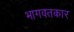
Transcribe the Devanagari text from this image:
भागवतकार